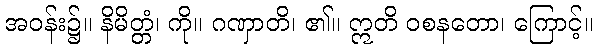
အဝန်း၌။ နိမိတ္တံ၊ ကို။ ဂဏှာတိ၊ ၏။ ဣတိ ဝစနတော၊ ကြောင့်။